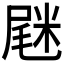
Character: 𡲸